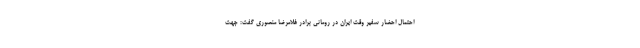
احتمال احضار سفیر وقت ایران در رومانی برادر غلامرضا منصوری گفت: جهت